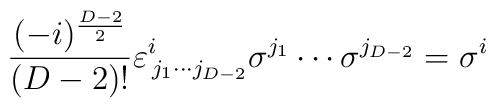
\frac{(-i)^{\frac{D-2}{2}}}{(D-2)!}\varepsilon^i_{\,j_1\cdots j_{D-2} }\sigma^{j_1}\cdots \sigma^{j_{D-2}}=\sigma^i